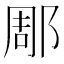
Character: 郮